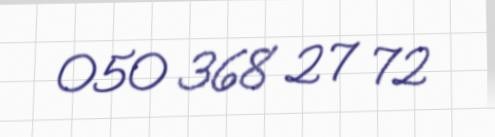
050 368 27 72